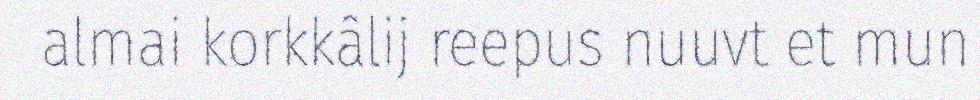
almai korkkâlij reepus nuuvt et mun